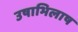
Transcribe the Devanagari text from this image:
उषाभिलाष